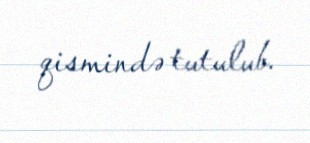
qismində tutulub.